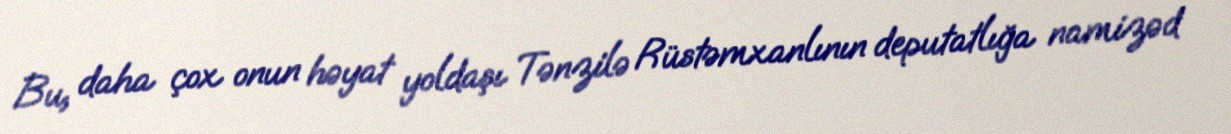
Bu, daha çox onun həyat yoldaşı Tənzilə Rüstəmxanlının deputatlığa namizəd